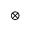
\otimes